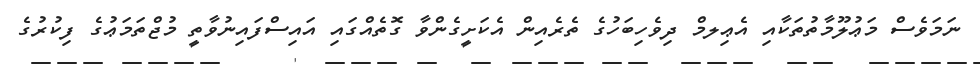
ނަމަވެސް މަޢުލޫމާތުތަކާއި އެޢިލމް ދިވެހިބަހުގެ ތެރެއިން އެކަށީގެންވާ ގޮތެއްގައި އައިސްފައިނުވާތީ މުޖްތަމަޢުގެ ފިކުރުގެ